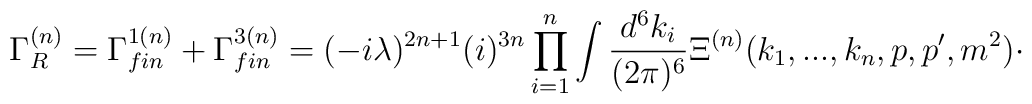
\Gamma _{R}^{(n)}=\Gamma _{fin}^{1(n)}+\Gamma _{fin}^{3(n)}=(-i\lambda)^{2n+1}(i)^{3n}\prod_{i=1}^{n}\int \frac{d^{6}k_{i}}{(2\pi )^{6}}\Xi^{(n)}(k_{1},...,k_{n},p,p^{\prime },m^{2})\cdot